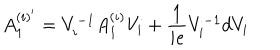
A _ { 1 } ^ { ( i ) ^ { \prime } } = V _ { i } ^ { - 1 } A _ { 1 } ^ { ( i ) } V _ { i } + \frac { 1 } { i e } V _ { i } ^ { - 1 } d V _ { i }